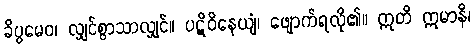
ခိပ္ပမေဝ၊ လျှင်စွာသာလျှင်။ ပဋိဝိနေယျံ၊ ဖျောက်ရလို၏။ ဣတိ ဣမာနိ၊